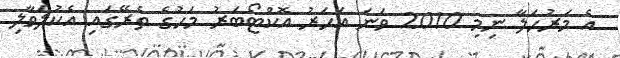
އެ މަރުހަލާ ނިމި 2010 ވަނަ އަހަރު އޮކްޓޯބަރު މަހުގެ ތެރޭގައި އެކުލަވާލި